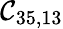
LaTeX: \mathcal{C}_{35,13}